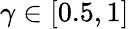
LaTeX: \gamma\in[0.5,1]